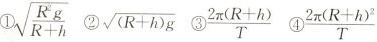
①\sqrt{\frac{R^{2}g}{R+h} ②\sqrt{(R+h)g} ③\frac{2 \pi(R+h)}{T} ④\frac{2 \pi(R+h)^{2}}{T}